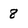
Character: 8